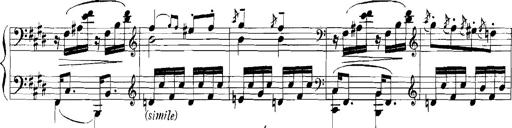
Title: Rhapsodies hongroises
Composer: Franz Liszt